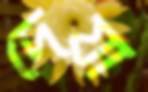
দেয়া